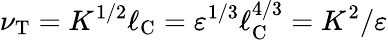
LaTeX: \nu_{\textrm{T}}=K^{1/2}\ell_{\textrm{C}}=\varepsilon^{1/3}\ell_{\textrm{C}}^{4/3}=K^{2}/\varepsilon